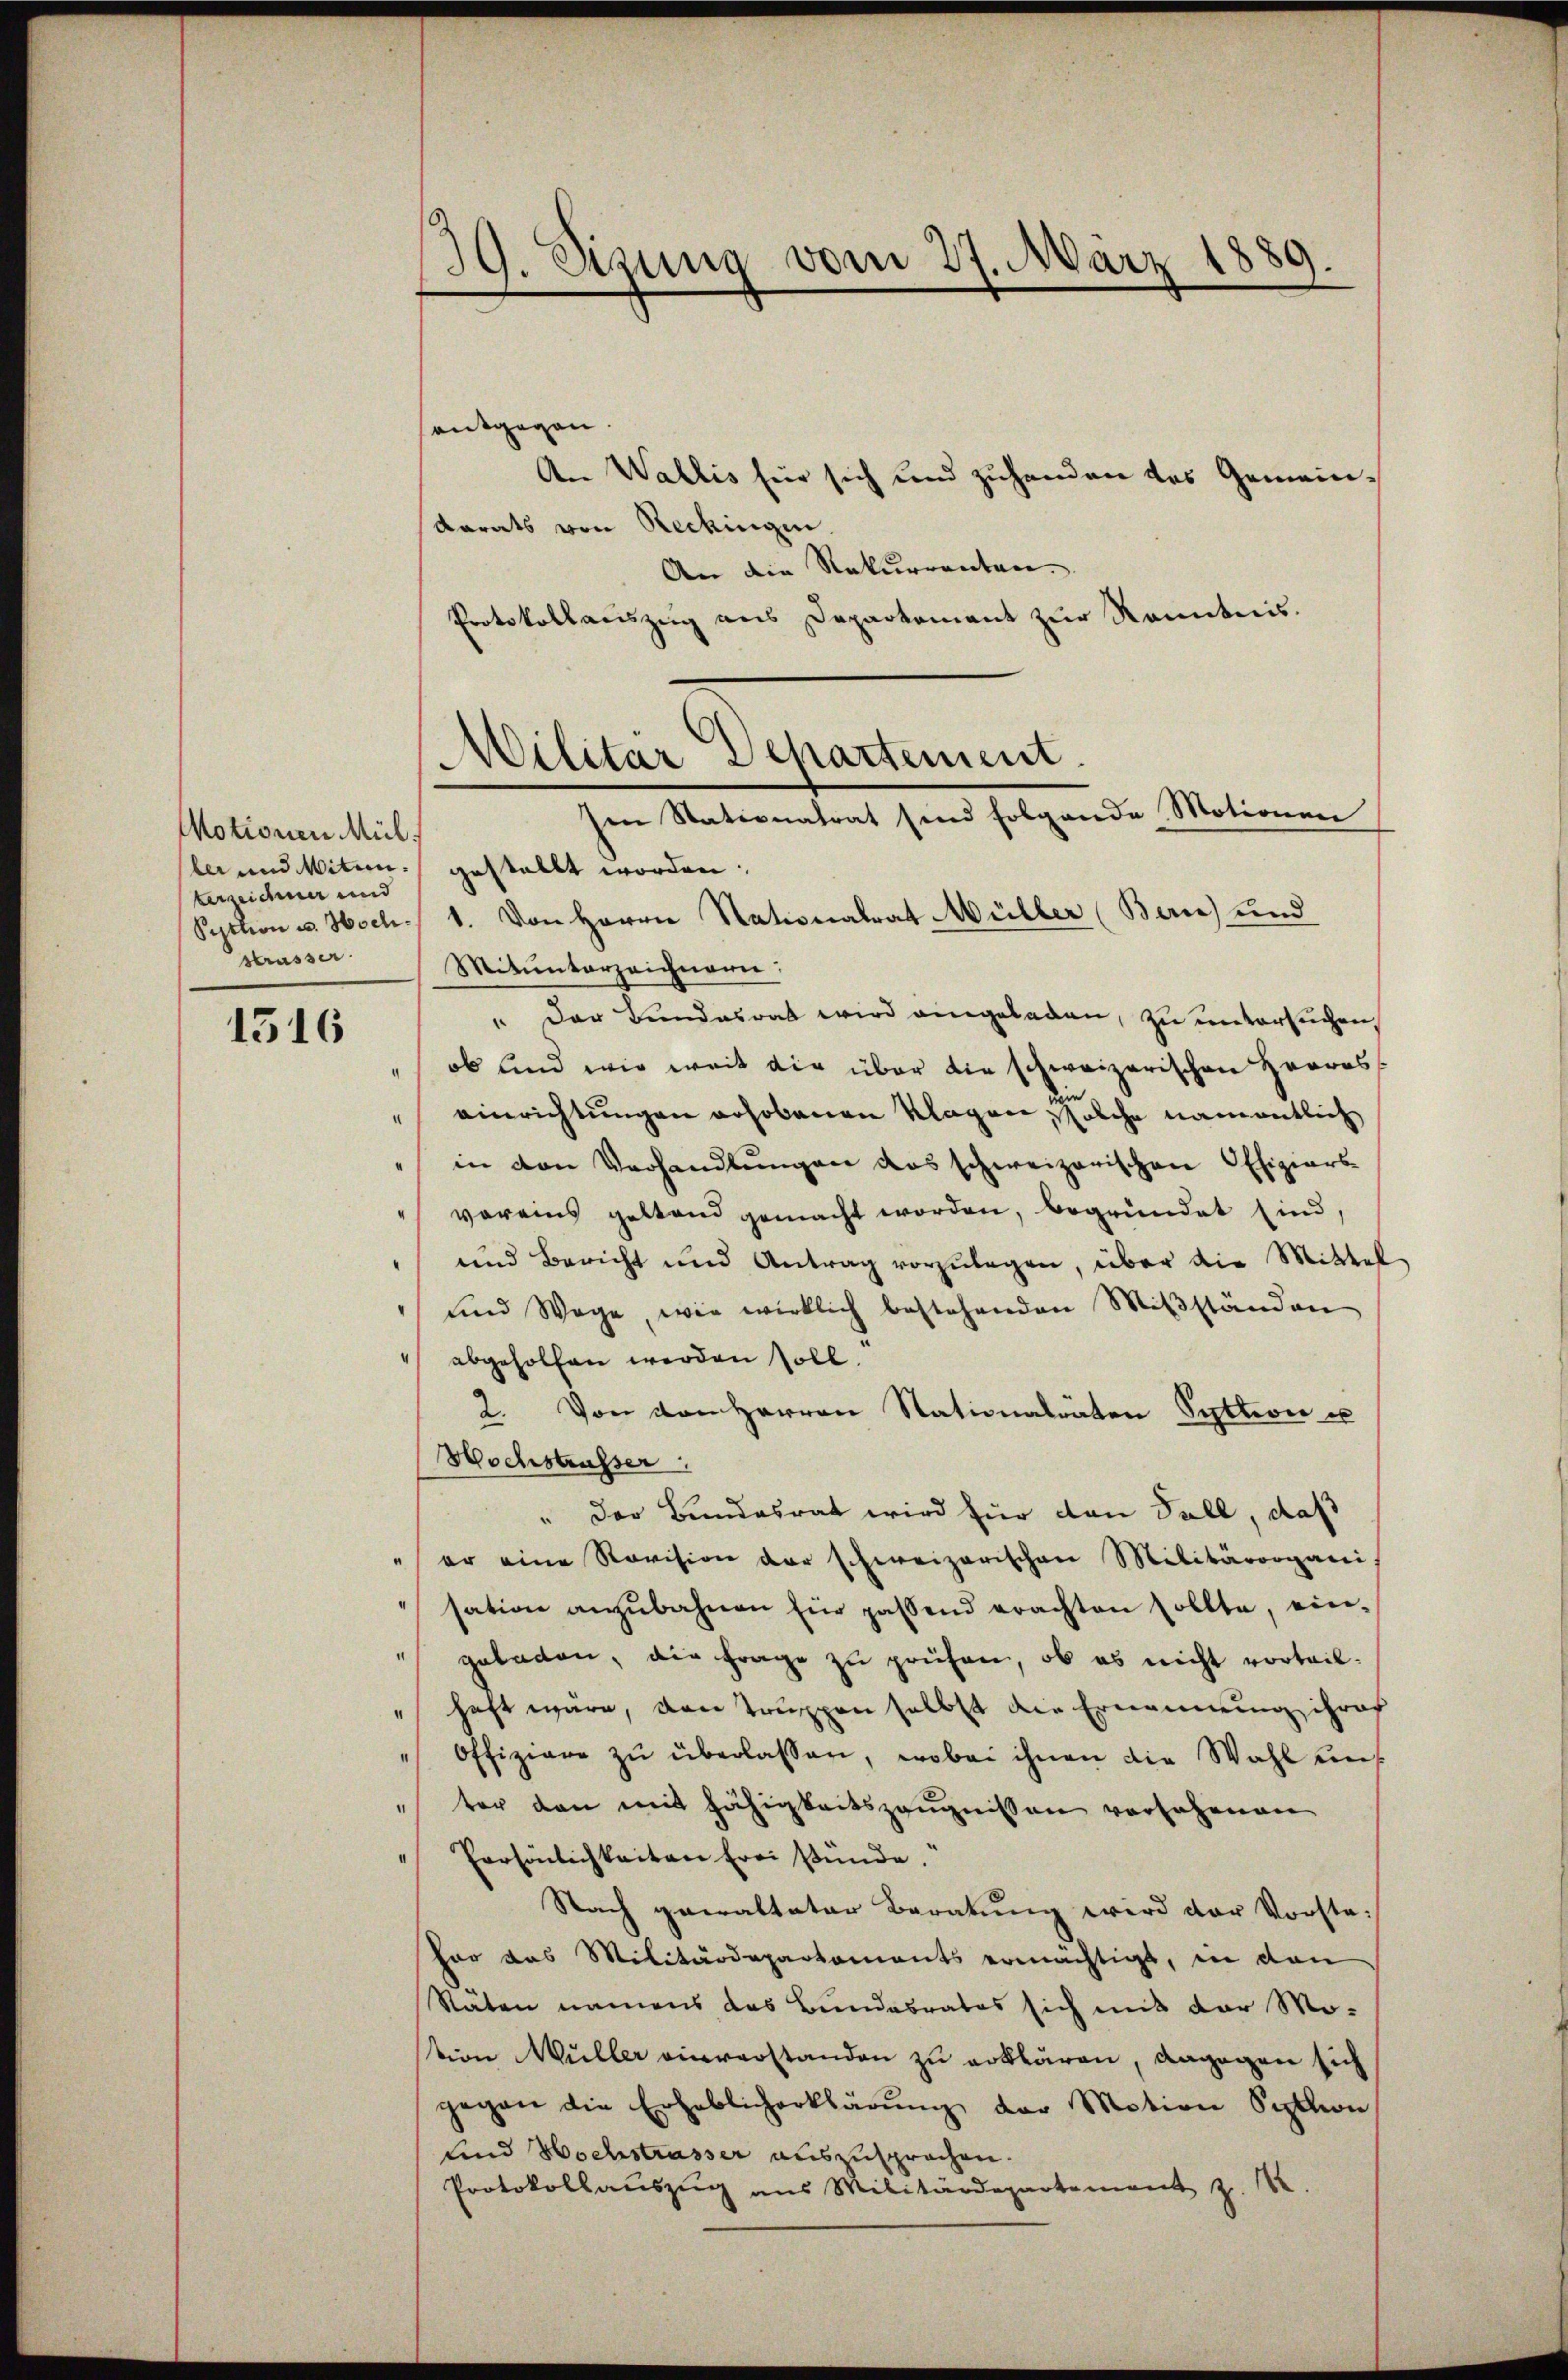
Motionen Mül
terzeichner und
Strasser.

1316

entgegen
An Wallis für sich und zuhanden des Gemein¬
Karats von Reckingen.
An die Rekurrenten
Protokollauszug aus Departement zur Kenntnis.
la und Miten gestellt worden.
Syttion u. Hoch. 1. Von Herrn Nationalrat Müller (Bern) und
Mitunterzeichnen:
" Der Bundesrat wird angeladen, zu untersuchen,
ob und wie weit die über die schweizerischen Herres
einrichtungen erhobenen Klagen solche namentlich
in den Verhandlŭngen das schweizerischen Offiziers
voreins geltend gemacht worden, begründet sind,
" und Bericht und Antrag vorzŭlegen, über die Mittel-
und Wege, wie wirklich bestehenden Miβständen
abgeholfen werden soll.
2. Von den Herren Stationalräten Sektion u
Hochstrasser
" Der Bundesrat wird für den Fall, daß
" er eine Revision der schweizerischen Militärorgani
sation anzŭbahnen für passend erachten sollte, ein-
 geladen, die Frage zu prüfen, ob es nicht vorteil-
haft wäre, von Truppen selbst die Ernennung ihres
Offiziere zŭ überlassen, wobei ihnen die Wahl uns
ter den mit Fähigkeitszeugnissen versehenen
Persönlichkeiten frei stünde.
Nach gewalteter Beratung wird der Vorste¬
Por das Militärdepartaments ermächtigt, in den
Stäten namens das Bundesrates sich mit der Mo-
tion Müller einverstanden zu erklären, dagegen sich
gegen die Erheblicherklärŭng der Motion Sektion
und Hochstrasser auszusprochen.
Protokollauszug aus Militärdepartement z. 12.

39. Sizung vom 27. März 1889.

Militär Departement.
sen Stationatrat sind folgende Motionen